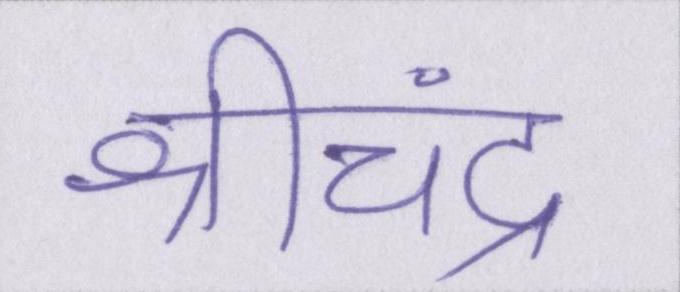
श्रीचंद्र